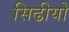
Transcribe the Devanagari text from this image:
सिढीयो